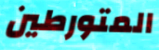
المتورطين